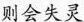
则会失灵